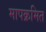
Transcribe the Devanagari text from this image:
मापक्रमित